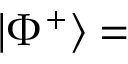
\left| \Phi ^ { + } \right\rangle =